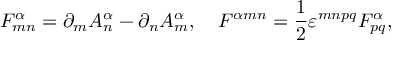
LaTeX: F _ { m n } ^ { \alpha } = \partial _ { m } A _ { n } ^ { \alpha } - \partial _ { n } A _ { m } ^ { \alpha } , \quad { \cal F } ^ { \alpha m n } = \frac { 1 } { 2 } \varepsilon ^ { m n p q } F _ { p q } ^ { \alpha } ,